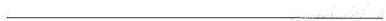
___